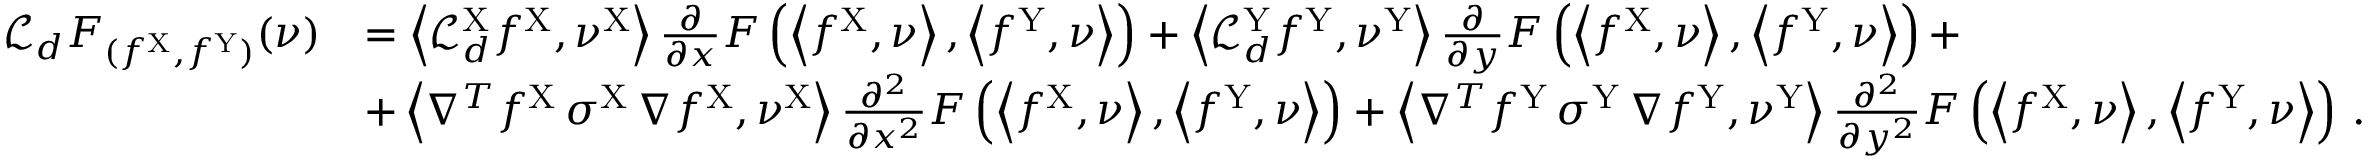
\begin{array} { r l } { \mathcal { L } _ { d } F _ { ( f ^ { \mathrm { X } } , f ^ { \mathrm { Y } } ) } ( \nu ) } & { = \left\langle \mathcal { L } _ { d } ^ { \mathrm { X } } f ^ { \mathrm { X } } , \nu ^ { \mathrm { X } } \right\rangle \frac { \partial } { \partial x } F \left( \left\langle f ^ { \mathrm { X } } , \nu \right\rangle , \left\langle f ^ { \mathrm { Y } } , \nu \right\rangle \right) + \left\langle \mathcal { L } _ { d } ^ { \mathrm { Y } } f ^ { \mathrm { Y } } , \nu ^ { \mathrm { Y } } \right\rangle \frac { \partial } { \partial y } F \left( \left\langle f ^ { \mathrm { X } } , \nu \right\rangle , \left\langle f ^ { \mathrm { Y } } , \nu \right\rangle \right) + } \\ & { + \left\langle \nabla ^ { T } f ^ { \mathrm { X } } \, \sigma ^ { \mathrm { X } } \, \nabla f ^ { \mathrm { X } } , \nu ^ { \mathrm { X } } \right\rangle \frac { \partial ^ { 2 } } { \partial x ^ { 2 } } F \left( \left\langle f ^ { \mathrm { X } } , \nu \right\rangle , \left\langle f ^ { \mathrm { Y } } , \nu \right\rangle \right) + \left\langle \nabla ^ { T } f ^ { \mathrm { Y } } \, \sigma ^ { \mathrm { Y } } \, \nabla f ^ { \mathrm { Y } } , \nu ^ { \mathrm { Y } } \right\rangle \frac { \partial ^ { 2 } } { \partial y ^ { 2 } } F \left( \left\langle f ^ { \mathrm { X } } , \nu \right\rangle , \left\langle f ^ { \mathrm { Y } } , \nu \right\rangle \right) \, . } \end{array}